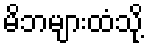
မိဘများထံသို့